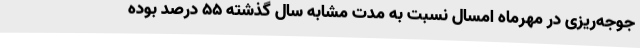
جوجه‌ریزی در مهرماه امسال نسبت به مدت مشابه سال گذشته 55 درصد بوده